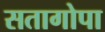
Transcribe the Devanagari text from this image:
सतागोपा